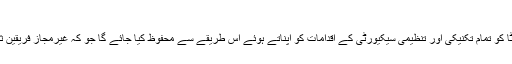
آپ کے ڈیٹا کا تحفظ
ہمیں فراہم کردہ آپ کے ذاتی ڈیٹا کو تمام تکنیکی اور تنظیمی سیکیورٹی کے اقدامات کو اپناتے ہوئے اس طریقے سے محفوظ کیا جائے گا جو کہ غیرمجاز فریقین ثالث کے ذریعہ ناقابل رسائی ہو۔